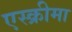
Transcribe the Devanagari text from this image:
एस्क्रीमा